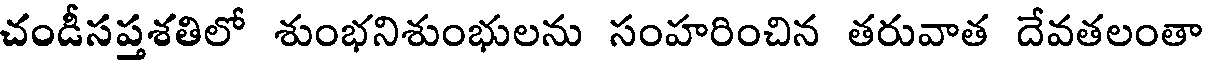
చండీసప్తశతిలో శుంభనిశుంభులను సంహరించిన తరువాత దేవతలంతా